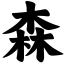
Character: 森